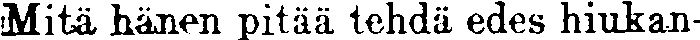
Mitä hänen pitää tehdä edes hiukan-